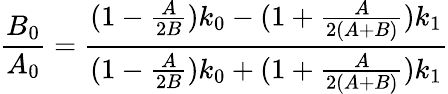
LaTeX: \frac{B_{0}}{A_{0}}=\frac{(1-\frac{A}{2B})k_{0}-(1+\frac{A}{2(A+B)})k_{1}}{(1-\frac{A}{2B})k_{0}+(1+\frac{A}{2(A+B)})k_{1}}